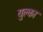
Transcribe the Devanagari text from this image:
युक्ला